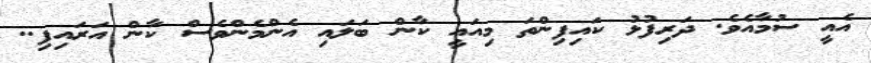
އެއީ ސުމާއެވެ. ދަރިފުޅު ކައިފިންތަ މިއައީ ކާން ބަލައި އެންމެންވެސް ކާން އަރައިފި..